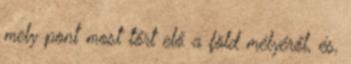
mely pont most tőrt elő a föld mélyéről, és,